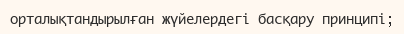
орталықтандырылған жүйелердегі басқару принципі;